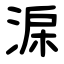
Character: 淭